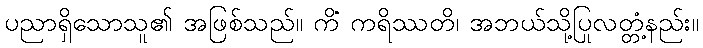
ပညာရှိသောသူ၏ အဖြစ်သည်။ ကိံ ကရိဿတိ၊ အဘယ်သို့ပြုလတ္တံ့နည်း။